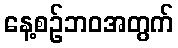
နေ့စဉ်ဘဝအတွက်